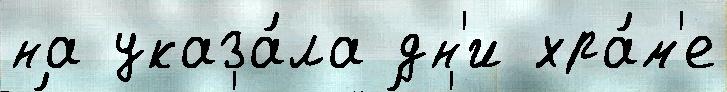
на указа́ла дн'и хра́м'е